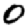
Digit: 0